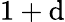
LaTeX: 1+\mathrm{d}